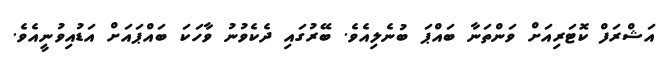
އަޝްރަފް ކޮޓަރިއަށް ވަންތަނާ ބައްޕަ ބުނެލިއެވެ. ބޭރުގައި ދެކެވުނު ވާހަކަ ބައްޕައަށް އަޑުއިވުނީއެވެ.